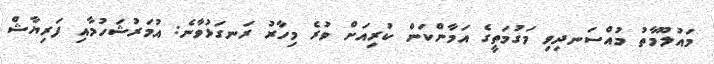
މައުލޫމާތު މުއްސަނދިވި މަގުމަތީގެ އަމާންކަން ކުރިއަށް ވުރެ މިހާރު ރަނގަޅުވާނެ: އުމަރުޝަހުމާއި ފަރިޔާޝް